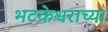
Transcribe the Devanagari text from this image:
भटकेश्वराच्या